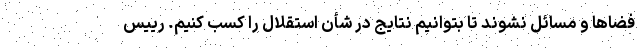
فضاها و مسائل نشوند تا بتوانیم نتایج در شأن استقلال را کسب کنیم. رییس